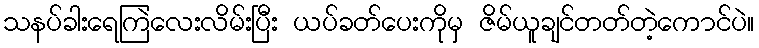
သနပ်ခါးရေကြဲလေးလိမ်းပြီး ယပ်ခတ်ပေးကိုမှ ဇိမ်ယူချင်တတ်တဲ့ကောင်ပဲ။